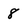
Character: 8